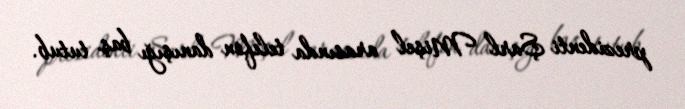
prezidenti Şarl Mişel arasında telefon danışığı baş tutub.